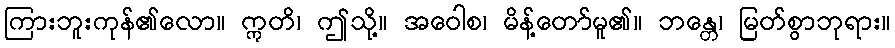
ကြားဘူးကုန်၏လော။ ဣတိ၊ ဤသို့။ အဝေါစ၊ မိန့်တော်မူ၏။ ဘန္တေ၊ မြတ်စွာဘုရား။